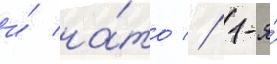
и́ на́то // 1-я́